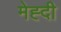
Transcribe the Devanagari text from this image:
मेह्दी